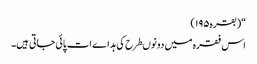
“(بقرہ۱۹۵)
اس فقرہ میں دونوںطرح کی ہداےات پائی جاتی ہیں۔